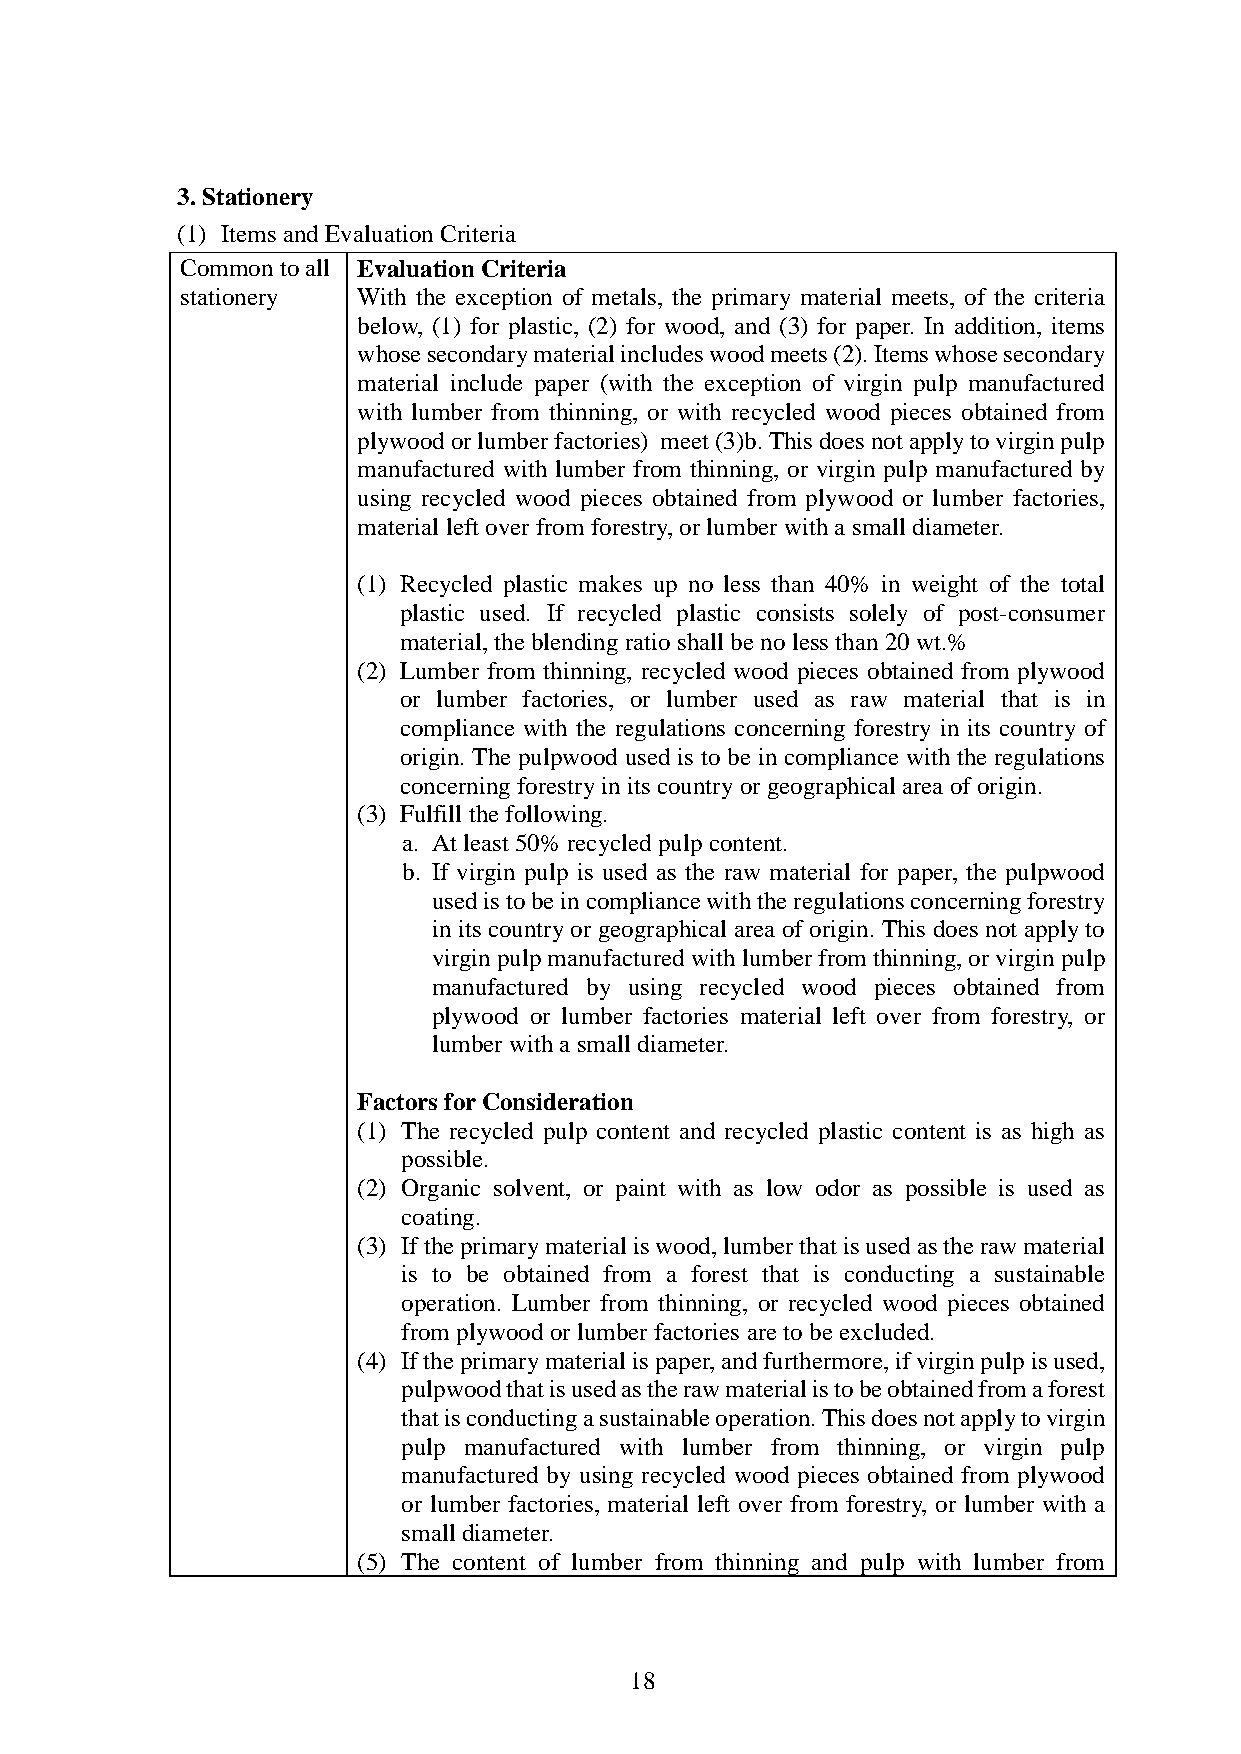
3. Stationery
 (1) Items and Evaluation Criteria
 Common to all Evaluation Criteria
 stationery  With the exception of metals, the primary material meets, of the criteria
 below, (1) for plastic, (2) for wood, and (3) for paper. In addition, items
 whose secondary material includes wood meets (2). Items whose secondary
 material include paper (with the exception of virgin pulp manufactured
 with lumber from thinning, or with recycled wood pieces obtained from
 plywood or lumber factories) meet (3)b. This does not apply to virgin pulp
 manufactured with lumber from thinning, or virgin pulp manufactured by
 using recycled wood pieces obtained from plywood or lumber factories,
 material left over from forestry, or lumber with a small diameter.
 (1) Recycled plastic makes up no less than 40% in weight of the total
 plastic used. If recycled plastic consists solely of post-consumer
 material, the blending ratio shall be no less than 20 wt.%
 (2) Lumber from thinning, recycled wood pieces obtained from plywood
 or lumber factories, or lumber used as raw material that is in
 compliance with the regulations concerning forestry in its country of
 origin. The pulpwood used is to be in compliance with the regulations
 concerning forestry in its country or geographical area of origin.
 (3) Fulfill the following.
 a. At least 50% recycled pulp content.
 b. If virgin pulp is used as the raw material for paper, the pulpwood
 used is to be in compliance with the regulations concerning forestry
 in its country or geographical area of origin. This does not apply to
 virgin pulp manufactured with lumber from thinning, or virgin pulp
 manufactured by using recycled wood pieces obtained from
 plywood or lumber factories material left over from forestry, or
 lumber with a small diameter.
 Factors for Consideration
 (1) The recycled pulp content and recycled plastic content is as high as
 possible.
 (2) Organic solvent, or paint with as low odor as possible is used as
 coating.
 (3) If the primary material is wood, lumber that is used as the raw material
 is to be obtained from a forest that is conducting a sustainable
 operation. Lumber from thinning, or recycled wood pieces obtained
 from plywood or lumber factories are to be excluded.
 (4) If the primary material is paper, and furthermore, if virgin pulp is used,
 pulpwood that is used as the raw material is to be obtained from a forest
 that is conducting a sustainable operation. This does not apply to virgin
 pulp manufactured with lumber from thinning, or virgin pulp
 manufactured by using recycled wood pieces obtained from plywood
 or lumber factories, material left over from forestry, or lumber with a
 small diameter.
 (5) The content of lumber from thinning and pulp with lumber from
 18